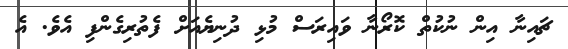
ޗައިނާ އިން ނުކުތް ކޮރޯނާ ވައިރަސް މުޅި ދުނިޔެއަށް ފެތުރިގެންފި އެވެ. އެ